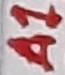
Text: A1